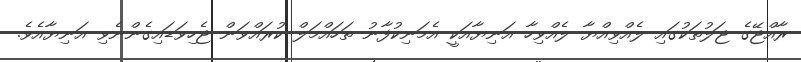
ރާއްޖޭގެ ޖަލުތަކުގައި ލެއްވިއްޔާ ލެއްވިހާ އަނިޔާއަކީ އެމަނިކުފާނު ތަހައްމަލް ކުރައްވަން ޖެހިވަޑައިގެންނެވި އަނިޔާއެވެ.